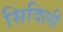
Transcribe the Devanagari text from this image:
सिदिली